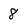
Character: 8